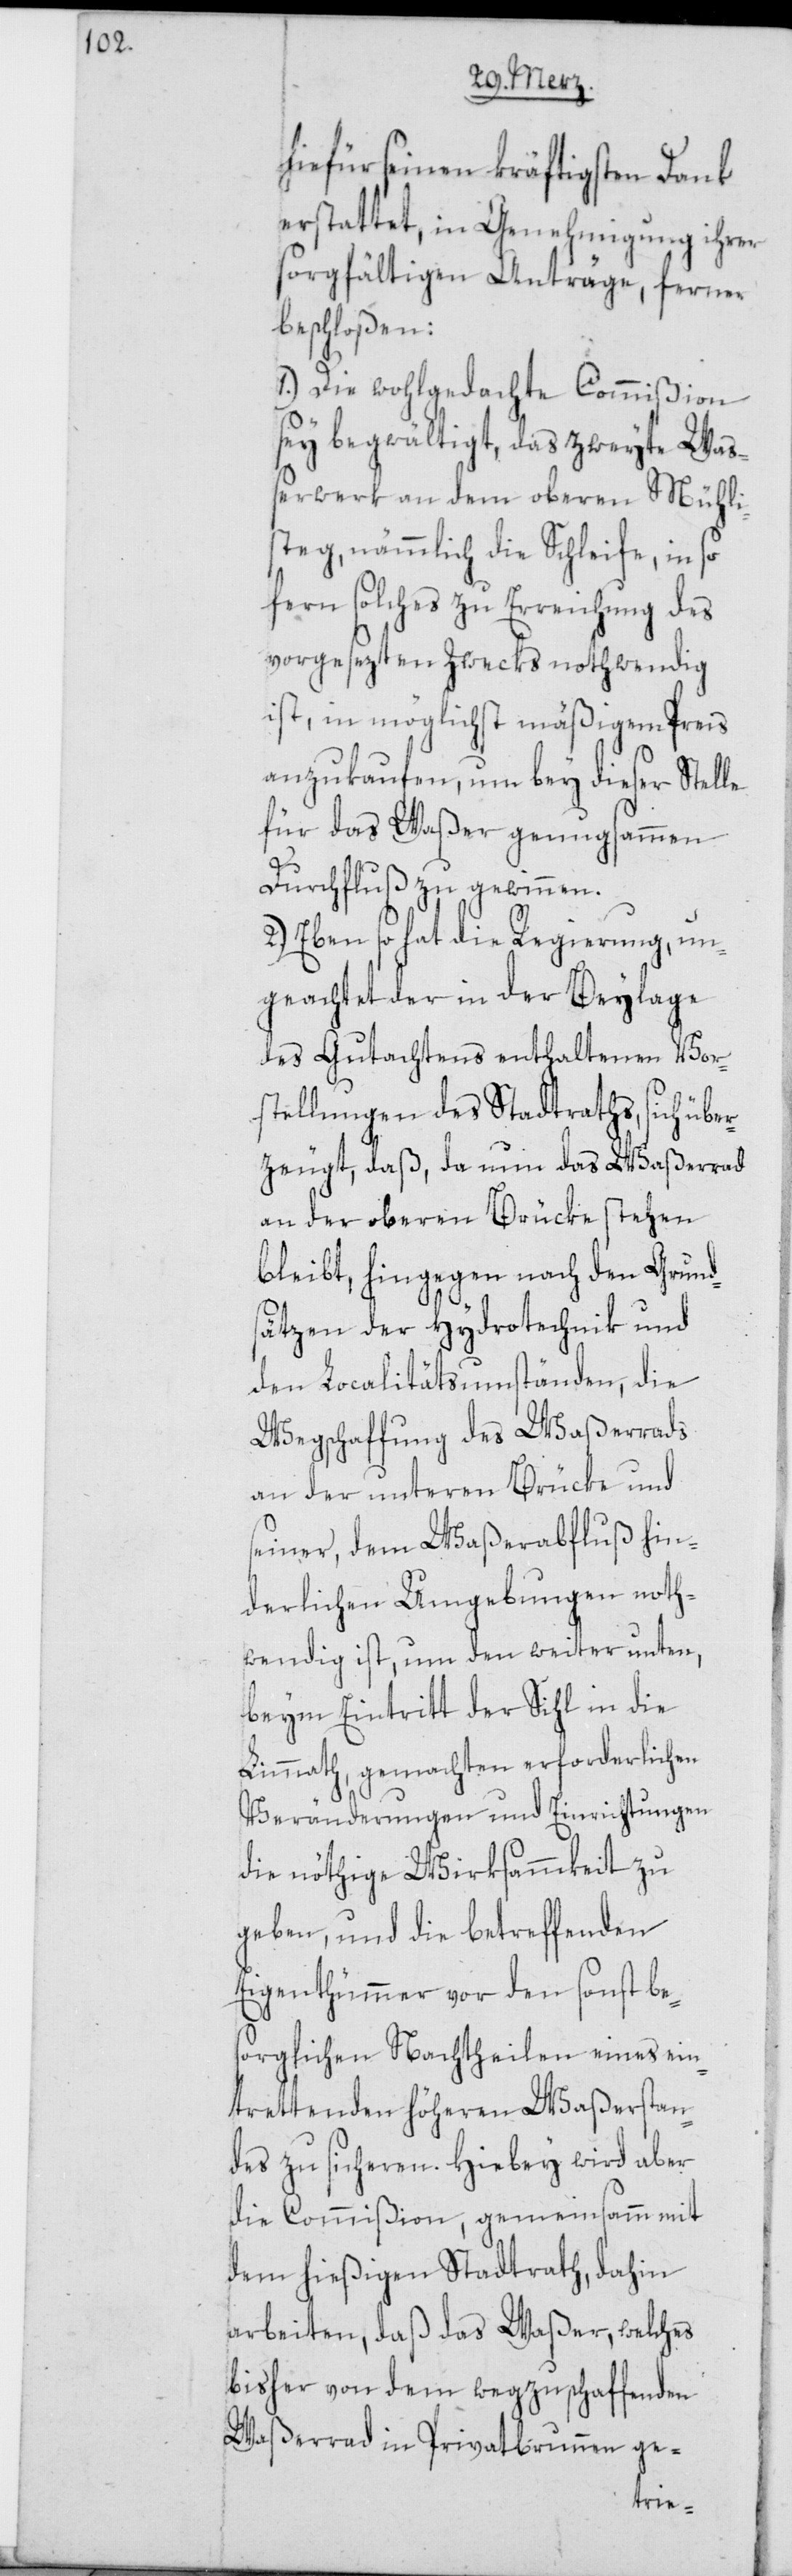
hiefür seinen kräftigsten Dank
erstattet, in Genehmigung ihrer
sorgfältigen Anträge, ferner
beschloßen:
1.) Die wohlgedachte Commißion
sey begwältigt, das zweyte Wa¬
ßerwerk an dem oberen Mühli¬
steg, nämmlich die Schleife, in so
fern solches zu Erreichung des
vorgesezten Zwecks nothwendig
ist, in möglichst mäßigem Preis
anzukaufen, um bey dieser Stelle
für das Waßer genugsamen
Durchfluß zu gewinnen.
2.) Eben so hat die Regierung, un¬
geachtet der in der Beylage
des Gutachtens enthaltenen Vor¬
stellungen des Stadtraths, sich über¬
zeugt, daß, da nun das Waßerrad
an der oberen Brücke stehen
bleibt, hingegen nach den Grund¬
sätzen der Hydrotechnik und
den Localitätsumständen, die
Wegschaffung des Waßerrads
an der unteren Brücke und
seiner, dem Waßerabfluß hin¬
derlichen Umgebungen noth¬
wendig ist, um den weiter unten,
beym Eintritt der Sihl in die
Limmath, gemachten erforderlichen
Veränderungen und Einrichtungen
die nöthige Wirksammkeit zu
geben, und die betreffenden
Eigenthümmer vor den sonst be¬
sorglichen Nachtheilen eines ein¬
trettenden höheren Waßerstan¬
des zu sicheren. Hiebey wird aber
die Commißion, gemeinsamm mit
dem hießigen Stadtrath, dahin
arbeiten, daß das Waßer, welches
bisher von dem wegzuschaffenden
Waßerrad in Privatbrunnen ge-